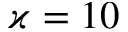
\varkappa = 1 0